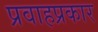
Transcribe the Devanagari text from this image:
प्रवाहप्रकार